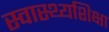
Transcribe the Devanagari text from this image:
स्वास्थ्यशिक्षा